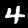
Label: 4